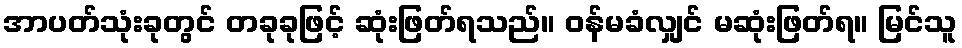
အာပတ်သုံးခုတွင် တခုခုဖြင့် ဆုံးဖြတ်ရသည်။ ဝန်မခံလျှင် မဆုံးဖြတ်ရ။ မြင်သူ